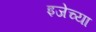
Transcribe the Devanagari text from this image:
इजेच्या